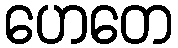
ဟေတေ